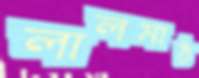
লালমাঠ